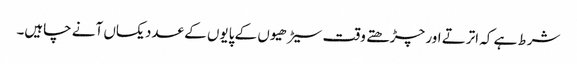
شرط ہے کہ اترتے اور چڑھتے وقت سیڑھیوں کے پایوں کے عدد یکساں آنے چاہیں۔